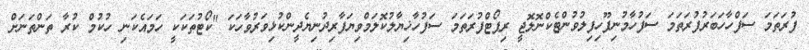
ފުރަތަމަ ސަފްހާހަބަރުފުރަތަމަ ސަފުހާމުނިފޫހިފިލުވުންޓެކްނޮލޮޖީ ރިޕޯޓްފުރަތަމަ ސަފުހާޚިޔާލުކޮލަމްވިޔަފާރިދުނިޔެދީންކުޅިވަރުވާހަކަ "ކޯޓުތަކަކީ ހަމައެކަނި ހުކުމް ކުރާ ތަންތަނަށް